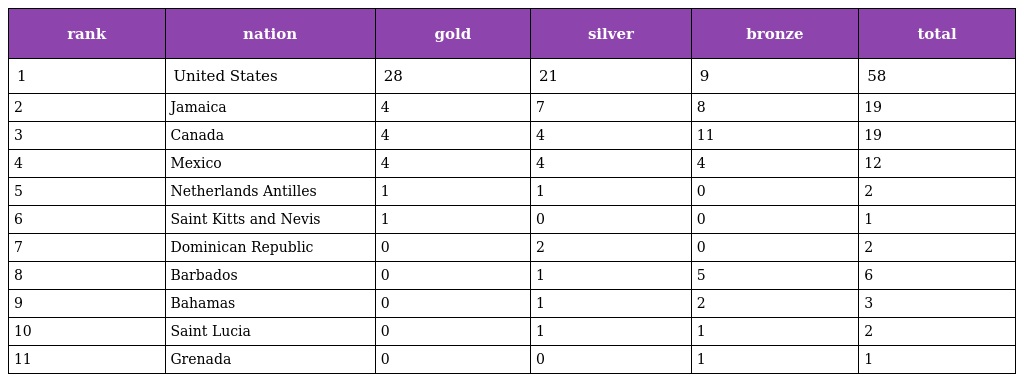
| rank | nation | gold | silver | bronze | total |
 | --- | --- | --- | --- | --- | --- |
 | 1 | United States | 28 | 21 | 9 | 58 |
 | 2 | Jamaica | 4 | 7 | 8 | 19 |
 | 3 | Canada | 4 | 4 | 11 | 19 |
 | 4 | Mexico | 4 | 4 | 4 | 12 |
 | 5 | Netherlands Antilles | 1 | 1 | 0 | 2 |
 | 6 | Saint Kitts and Nevis | 1 | 0 | 0 | 1 |
 | 7 | Dominican Republic | 0 | 2 | 0 | 2 |
 | 8 | Barbados | 0 | 1 | 5 | 6 |
 | 9 | Bahamas | 0 | 1 | 2 | 3 |
 | 10 | Saint Lucia | 0 | 1 | 1 | 2 |
 | 11 | Grenada | 0 | 0 | 1 | 1 |